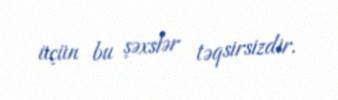
üçün bu şəxslər təqsirsizdir.